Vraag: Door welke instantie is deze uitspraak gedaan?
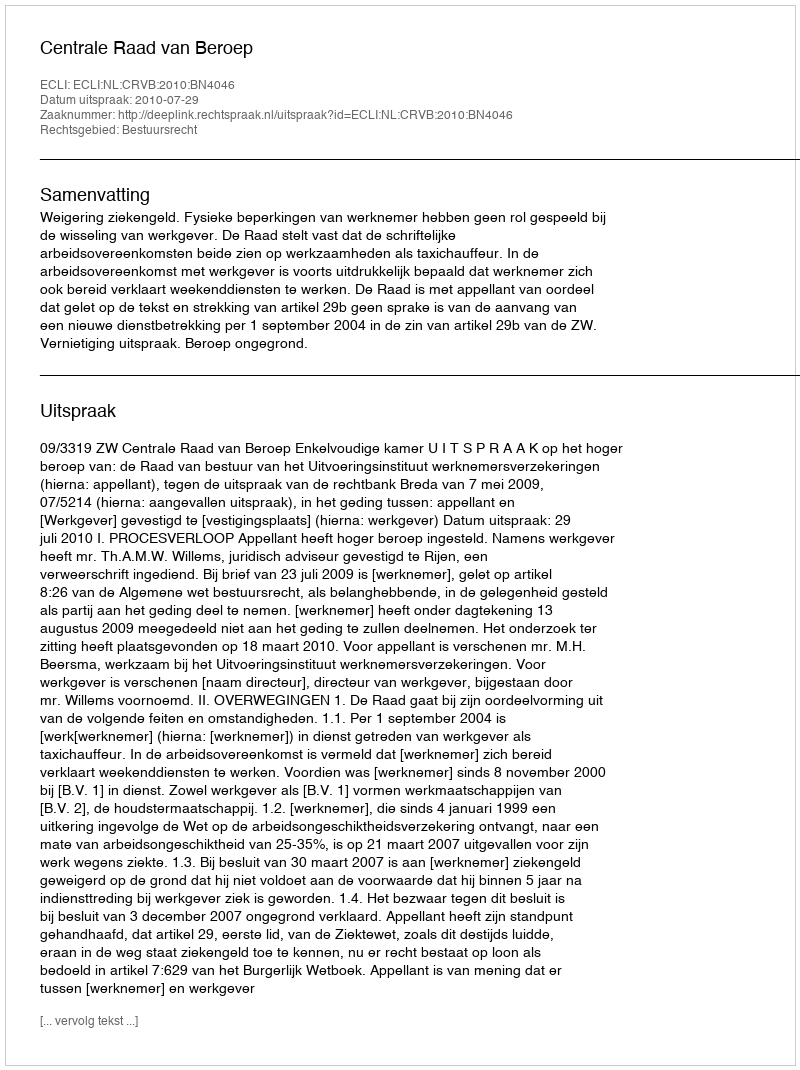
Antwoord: Centrale Raad van Beroep